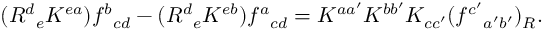
( R ^ { d } { } _ { e } K ^ { e a } ) f ^ { b } { } _ { c d } - ( R ^ { d } { } _ { e } K ^ { e b } ) f ^ { a } { } _ { c d } = K ^ { a a ^ { \prime } } K ^ { b b ^ { \prime } } K _ { c c ^ { \prime } } ( f ^ { c ^ { \prime } } { } _ { a ^ { \prime } b ^ { \prime } } ) _ { R } .